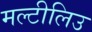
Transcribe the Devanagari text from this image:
मल्टीलिउ